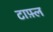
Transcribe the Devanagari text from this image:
टाफ़्ल